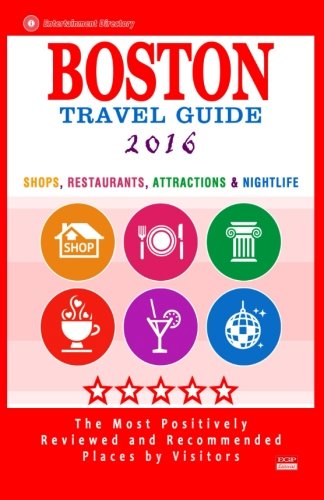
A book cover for Boston Travel Guide 2016: Shops, Restaurants, Attractions, Entertainment and Nightlife in Boston, Massachusetts (City Travel Guide 2016); Deborah B Lyon; Travel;